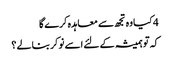
4 کیا وہ تجھ سے معاہدہ کرے گا
کہ تو ہمیشہ کے لئے اسے نوکر بنالے ؟